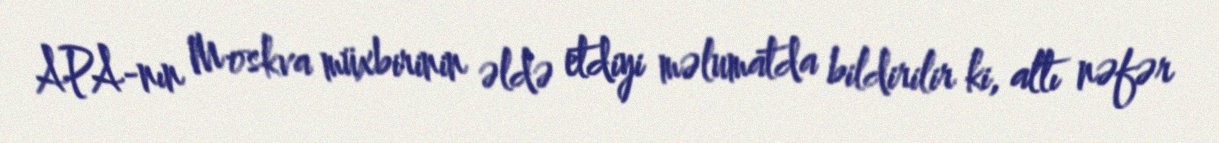
APA-nın Moskva müxbirinin əldə etdiyi məlumatda bildirilir ki, altı nəfər